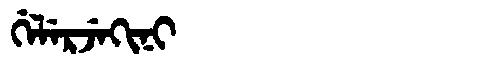
Manchu: ᡤᡝᠯᡝᡵᠵᡝᡴᡳᠨᡳ
Romanization: GELERJEKINI